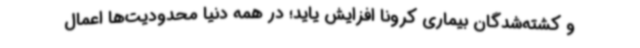
و کشته‌شدگان بیماری کرونا افزایش یاید؛ در همه دنیا محدودیت‌ها اعمال